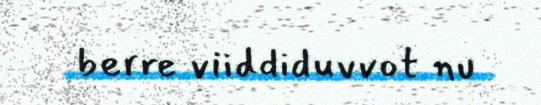
berre viiddiduvvot nu